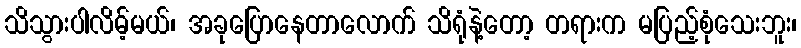
သိသွားပါလိမ့်မယ်၊ အခုပြောနေတာလောက် သိရုံနဲ့တော့ တရားက မပြည့်စုံသေးဘူး၊